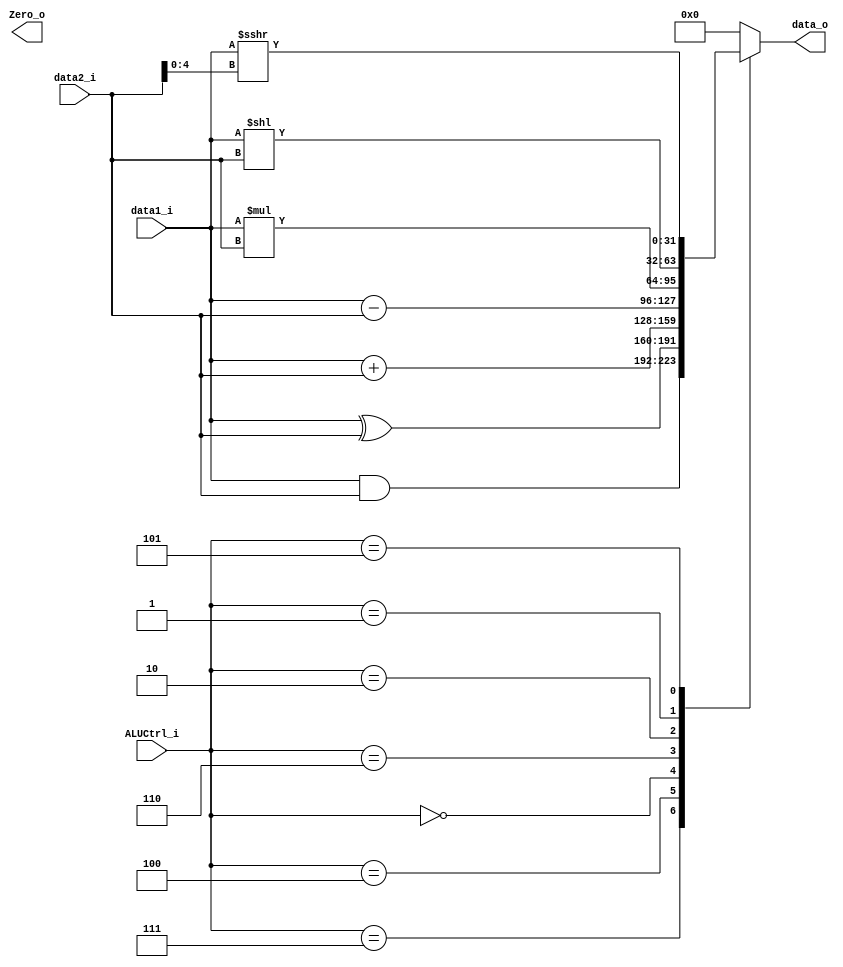
module ALU(
    data1_i,
    data2_i,
    ALUCtrl_i,
    data_o,
    Zero_o
);
// According to the control signal, do the corresponding arithmetic operation on two
// input fields.

input signed      [31:0] data1_i, data2_i;
input             [2:0]  ALUCtrl_i;
output reg signed [31:0] data_o;
output                   Zero_o;

// self determined:
// func[8], func[2], (op[0] & func[3])|func[1], func[0]
`define AND 3'b111
`define XOR 3'b100
`define SLL 3'b001
`define SRA 3'b101

`define MUL 3'b010 // notice
`define ADD 3'b000
`define SUB 3'b110 // notice

always@ (data1_i or data2_i or ALUCtrl_i) begin
    case (ALUCtrl_i)
        `AND: data_o = data1_i & data2_i;
        `XOR: data_o = data1_i ^ data2_i;
        `ADD: data_o = data1_i + data2_i;
        `SUB: data_o = data1_i - data2_i;
        `MUL: data_o = data1_i * data2_i;
        `SLL: data_o = data1_i << data2_i;
        `SRA: data_o = data1_i >>> data2_i[4:0]; // Caution: funct7 contains 1
        default: data_o = 0;
    endcase
    // Zero_o = (data1_i == data2_i);
end




endmodule